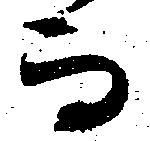
而